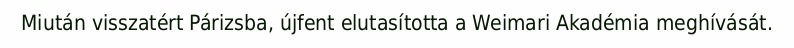
Miután visszatért Párizsba, újfent elutasította a Weimari Akadémia meghívását.